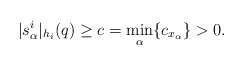
\begin{align*} | s_\alpha^i|_{h_i}(q)\geq c=\min_{\alpha} \{c_{x_\alpha}\}>0.\end{align*}